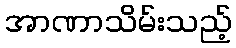
အာဏာသိမ်းသည့်